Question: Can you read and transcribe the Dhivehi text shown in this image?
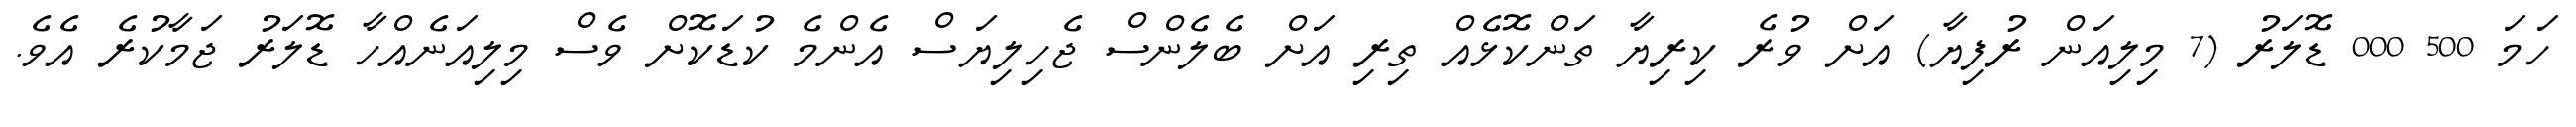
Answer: ހަމަ 500 000 ޑޮލަރު (7 މިލިއަން ރުފިޔާ) އަށް ވުރެ ކިރިޔާ ތަންކޮޅެއް ތިރި އަށް ބެލެންސް ޖެހިލިޔަސް އެންމެ ކުޑަކޮށް ވެސް މިލިއަނެއްހާ ޑޮލަރު ޖަމާކުރެ އެވެ.